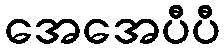
အေအေပီပီ